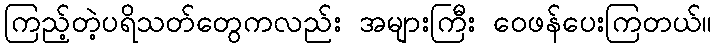
ကြည့်တဲ့ပရိသတ်တွေကလည်း အများကြီး ဝေဖန်ပေးကြတယ်။